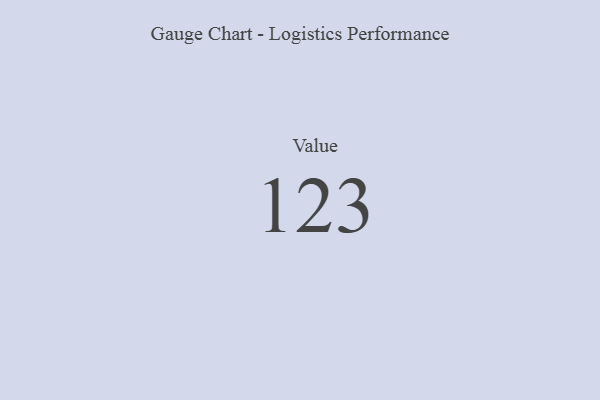
{"axis": {"x": "Metric", "y": "Value"}, "legend": [""], "data": [{"x": "Value", "y": 123, "type": ""}]}